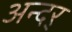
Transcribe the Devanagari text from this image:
अन्दर्